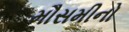
મૌસમીનો